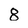
Character: 8